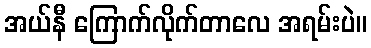
အယ်နီ ကြောက်လိုက်တာလေ အရမ်းပဲ။